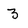
Character: 3